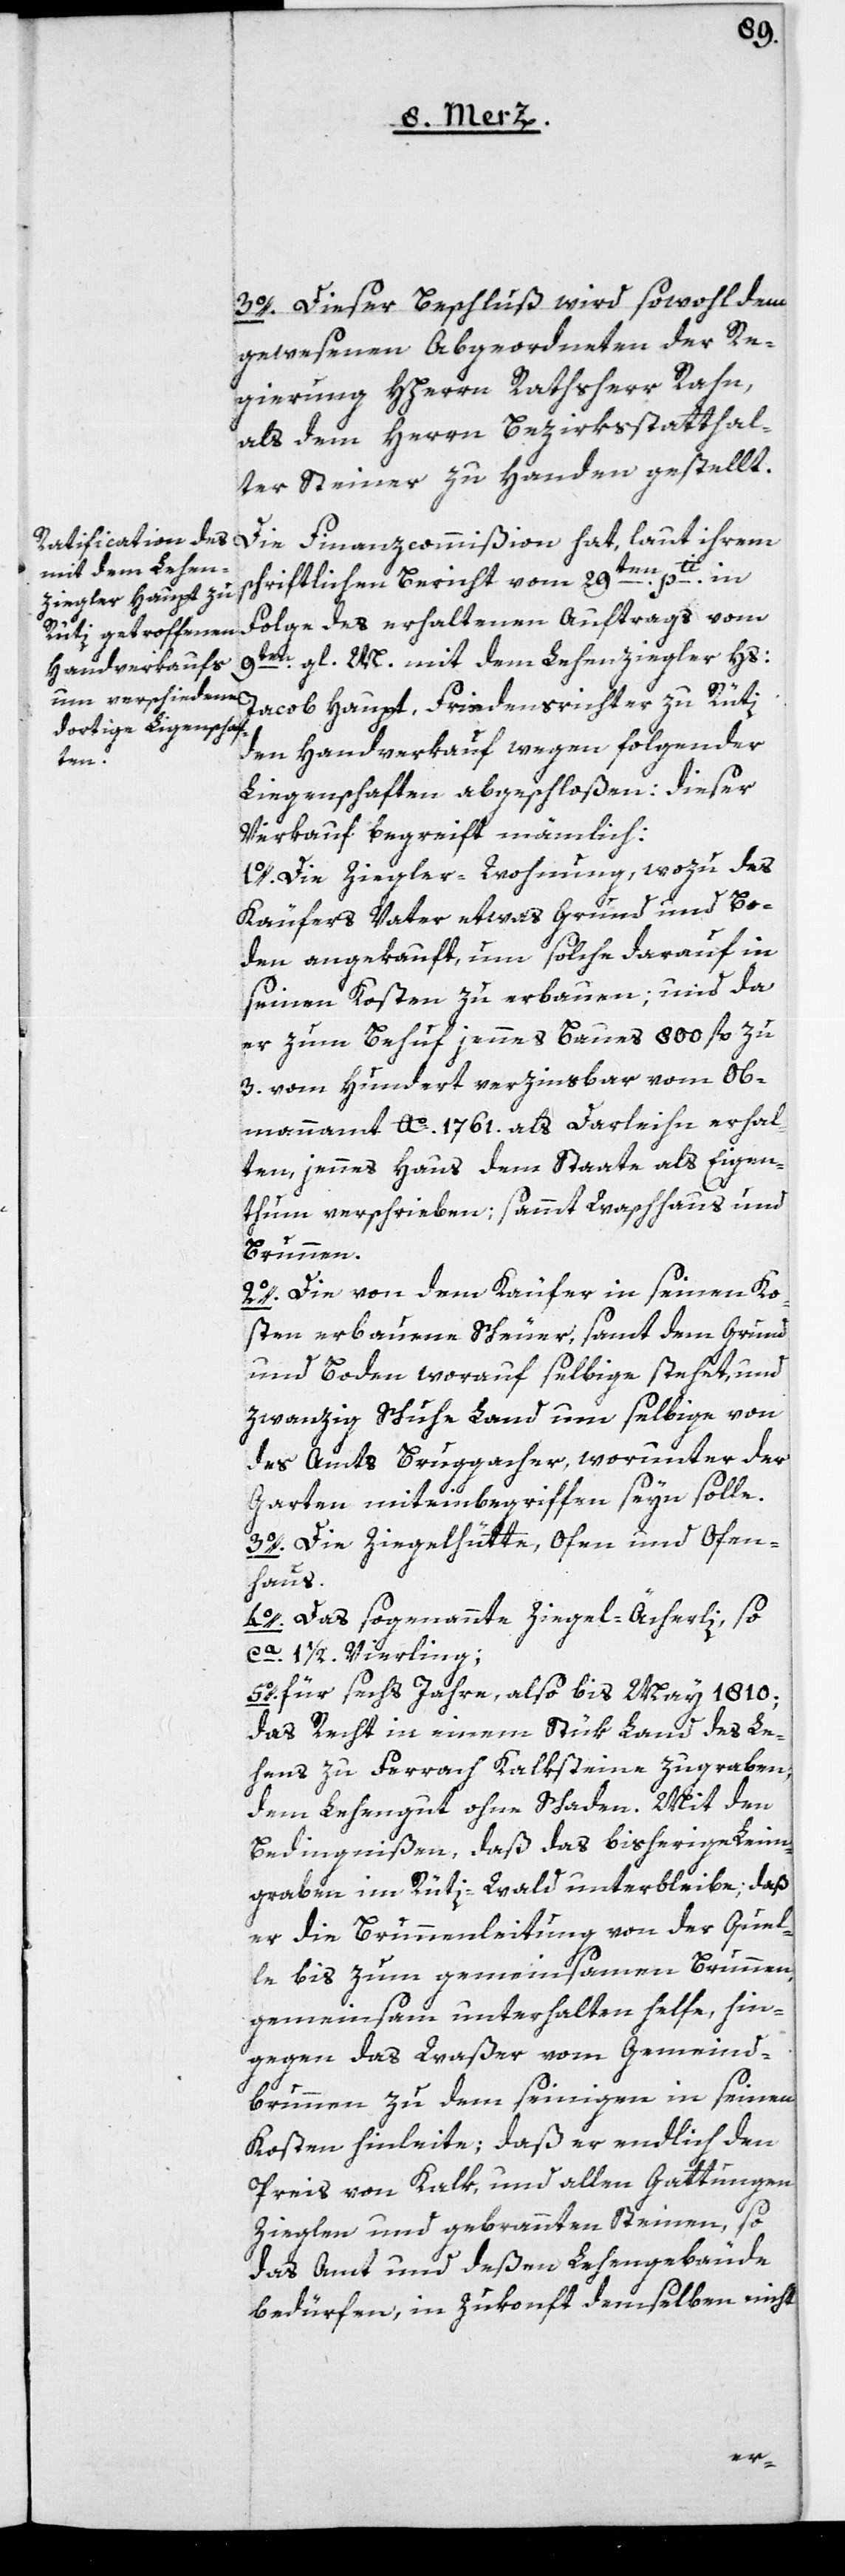
3o. Dieser Beschluß wird sowohl dem
gewesenen Abgeordneten der Re¬
gierung, Herrn Rathsherr Rahn,
als dem Herrn Bezirksstatthal¬
ter Steiner zu Handen gestellt.
Die Finanzcommißion hat, laut ihrem
schriftlichen Bericht vom 29ten pti in
Folge des erhaltenen Auftrags vom
9ten gl. M. mit dem Lehenziegler Hs:
Jacob Haupt, Friedensrichter zu Rüti,
den Handverkauf wegen folgender
Liegenschaften abgeschloßen; dieser
Verkauf begreift nämlich:
1o. Die Ziegler-Wohnung, wozu des
Käufers Vater etwas Grund und Bo¬
den angekauft, um solche darauf in
seinen Kosten zu erbauen; und da
er zum Behuf jennes Baues 800 fl. zu
3. vom Hundert verzinsbar vom Ob¬
mannamt Ao. 1761. als Darleihen erhal¬
ten, jennes Haus dem Staate als Eigen¬
thum verschrieben; sammt Waschhaus und
Brunnen.
2o. Die von dem Käufer in seinen Ko¬
sten erbauene Scheuer, samt dem Grund
und Boden, worauf selbige stehet, und
zwanzig Schuhe Land um selbige von
des Amts Bruggacher, worunter der
Garten miteinbegriffen seyn solle.
3o. Die Ziegelhütte, Ofen und Ofen¬
haus.
4o. Das sogenannte Ziegel-Ächerli, so
ca. 1 1/2 Vierling.
5o. für sechs Jahre, also bis May 1810;
das Recht in einem Stük Land des Le¬
hens zu Ferrach Kalksteine zugraben,
dem Lehengut ohne Schaden. Mit den
Bedingnißen, daß das bisherige Leim¬
graben im Rüti-Wald unterbleibe, daß
er die Brunnenleitung von der Quel¬
le bis zum gemeinsamen Brunnen
gemeinsam unterhalten helfe, hin¬
gegen das Waßer vom Gemeind¬
brunnen zu dem yeinigen in seinen
Kosten hinleite; daß er endlich den
Preis von Kalk, und allen Gattungen
Zieglen und gebrannten Steinen, so
das Amt und deßen Lehengebäude
bedürfen, in Zukonft demselben nicht